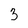
Character: 3